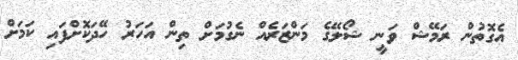
އެގޮތުން ރަމޭޝް ވަނީ ޝޯލޭގެ މަންޒަރެއް ނެގުމަށް ތިން އަހަރު ހޭދަކޮށްފައި ކަމަށް